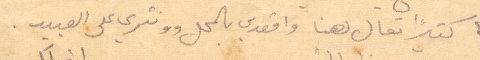
كثيرًا تعال لهنا واقعدي بالمحل ونثري على العبيد.